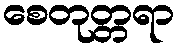
စေတုတ္တရာ